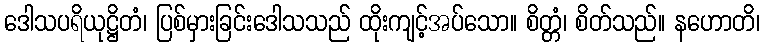
ဒေါသပရိယုဋ္ဌိတံ၊ ပြစ်မှားခြင်းဒေါသသည် ထိုးကျင့်အပ်သော။ စိတ္တံ၊ စိတ်သည်။ နဟောတိ၊